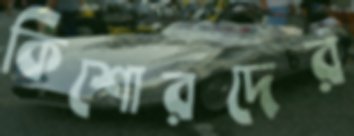
কিশোরদের